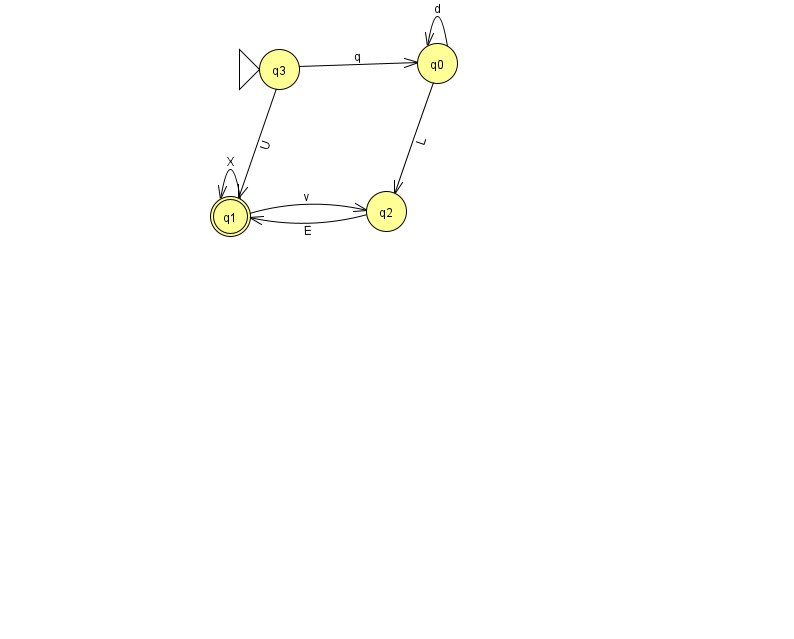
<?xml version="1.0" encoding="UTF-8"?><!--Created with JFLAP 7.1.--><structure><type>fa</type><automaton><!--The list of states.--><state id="0" name="q0"><x>437.0</x><y>50.0</y></state><state id="1" name="q1"><x>230.0</x><y>203.0</y><final/></state><state id="2" name="q2"><x>386.0</x><y>198.0</y></state><state id="3" name="q3"><x>279.0</x><y>56.0</y><initial/></state><!--The list of transitions.--><transition><from>1</from><to>2</to><read>v</read></transition><transition><from>2</from><to>1</to><read>E</read></transition><transition><from>0</from><to>0</to><read>d</read></transition><transition><from>3</from><to>1</to><read>U</read></transition><transition><from>0</from><to>2</to><read>L</read></transition><transition><from>1</from><to>1</to><read>X</read></transition><transition><from>3</from><to>0</to><read>q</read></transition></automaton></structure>